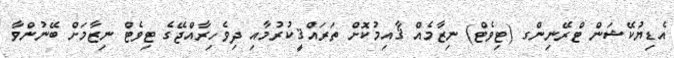
އެޑިޔުކޭޝަން ޓްރޭނިންގ (ޓިވެޓް) ނިޒާމެއް ޤާއިމުކޮށް ތަރައްޤީކުރުމާއި ދިވެހިރާއްޖޭގެ ޓިވެޓް ނިޒާމަށް ބޭނުންވާ